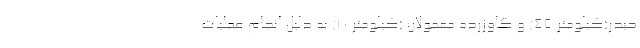
حیدر(کیلومتر 45) و گاوزرده معمولان (کیلومتر 10) به دلیل انجام عملیات